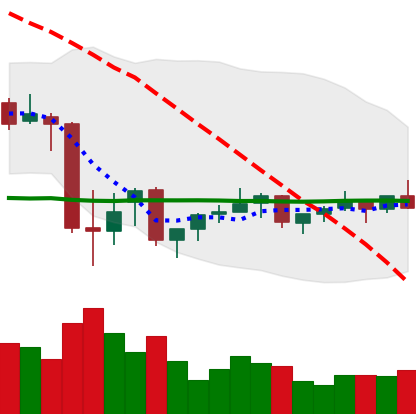
Ticker: XMR-USD
Chart end date: 2021-07-07
Forward return: -3.741%
Label: down_3_5